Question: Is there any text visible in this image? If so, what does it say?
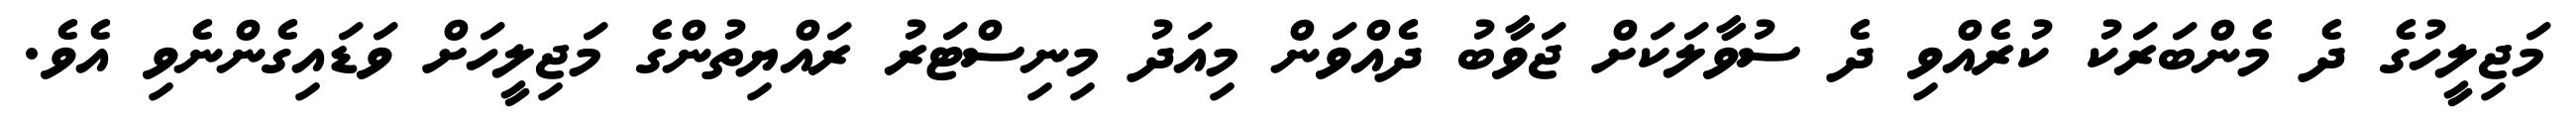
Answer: މަޖިލީހުގެ ދެ މެންބަރަކު ކުރެއްވި ދެ ސުވާލަކަށް ޖަވާބު ދެއްވަން މިއަދު މިނިސްޓަރު ރައްޔިތުންގެ މަޖިލީހަށް ވަޑައިގެންނެވި އެވެ.